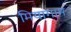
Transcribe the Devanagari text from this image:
मियागाम